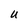
Character: U